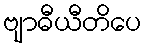
ဗျာဓီယီတိပေ